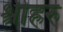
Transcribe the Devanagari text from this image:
श्रीहरु